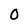
Character: 0